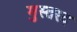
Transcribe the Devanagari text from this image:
मुस्तरद